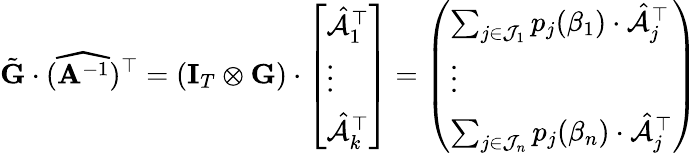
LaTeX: \tilde{\mathbf{G}}\cdot(\widehat{\mathbf{A}^{-1}})^{\top}=(\mathbf{I}_{T}\otimes\mathbf{G})\cdot\left[\begin{array}{l}{\hat{\mathcal{A}}_{1}^{\top}}\\ {\vdots}\\ {\hat{\mathcal{A}}_{k}^{\top}}\end{array}\right]=\left(\begin{array}{l}{\sum_{j\in\mathcal{J}_{1}}p_{j}(\beta_{1})\cdot\hat{\mathcal{A}}_{j}^{\top}}\\ {\vdots}\\ {\sum_{j\in\mathcal{J}_{n}}p_{j}(\beta_{n})\cdot\hat{\mathcal{A}}_{j}^{\top}}\end{array}\right)